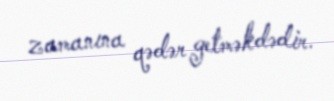
zamanına qədər getməkdədir.